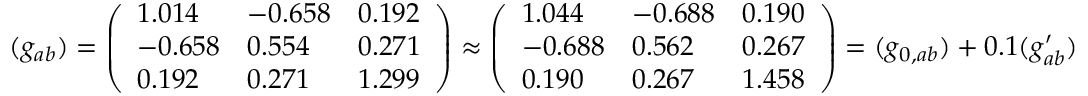
\begin{array} { r } { ( g _ { a b } ) = \left( \begin{array} { l l l } { 1 . 0 1 4 } & { - 0 . 6 5 8 } & { 0 . 1 9 2 } \\ { - 0 . 6 5 8 } & { 0 . 5 5 4 } & { 0 . 2 7 1 } \\ { 0 . 1 9 2 } & { 0 . 2 7 1 } & { 1 . 2 9 9 } \end{array} \right) \approx \left( \begin{array} { l l l } { 1 . 0 4 4 } & { - 0 . 6 8 8 } & { 0 . 1 9 0 } \\ { - 0 . 6 8 8 } & { 0 . 5 6 2 } & { 0 . 2 6 7 } \\ { 0 . 1 9 0 } & { 0 . 2 6 7 } & { 1 . 4 5 8 } \end{array} \right) = ( g _ { 0 , a b } ) + 0 . 1 ( g _ { a b } ^ { \prime } ) } \end{array}